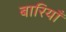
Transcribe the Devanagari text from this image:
बारियाँ